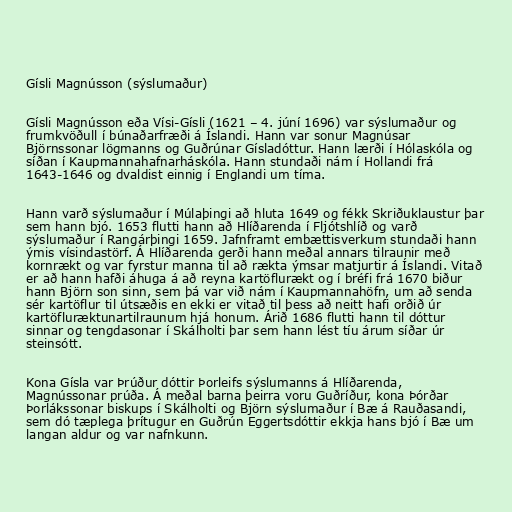
Gísli Magnússon (sýslumaður)

Gísli Magnússon eða Vísi-Gísli (1621 – 4. júní 1696) var sýslumaður og
frumkvöðull í búnaðarfræði á Íslandi. Hann var sonur Magnúsar
Björnssonar lögmanns og Guðrúnar Gísladóttur. Hann lærði í Hólaskóla og
síðan í Kaupmannahafnarháskóla. Hann stundaði nám í Hollandi frá
1643-1646 og dvaldist einnig í Englandi um tíma.

Hann varð sýslumaður í Múlaþingi að hluta 1649 og fékk Skriðuklaustur þar
sem hann bjó. 1653 flutti hann að Hlíðarenda í Fljótshlíð og varð
sýslumaður í Rangárþingi 1659. Jafnframt embættisverkum stundaði hann
ýmis vísindastörf. Á Hlíðarenda gerði hann meðal annars tilraunir með
kornrækt og var fyrstur manna til að rækta ýmsar matjurtir á Íslandi. Vitað
er að hann hafði áhuga á að reyna kartöflurækt og í bréfi frá 1670 biður
hann Björn son sinn, sem þá var við nám í Kaupmannahöfn, um að senda
sér kartöflur til útsæðis en ekki er vitað til þess að neitt hafi orðið úr
kartöfluræktunartilraunum hjá honum. Árið 1686 flutti hann til dóttur
sinnar og tengdasonar í Skálholti þar sem hann lést tíu árum síðar úr
steinsótt.

Kona Gísla var Þrúður dóttir Þorleifs sýslumanns á Hlíðarenda,
Magnússonar prúða. Á meðal barna þeirra voru Guðríður, kona Þórðar
Þorlákssonar biskups í Skálholti og Björn sýslumaður í Bæ á Rauðasandi,
sem dó tæplega þrítugur en Guðrún Eggertsdóttir ekkja hans bjó í Bæ um
langan aldur og var nafnkunn.